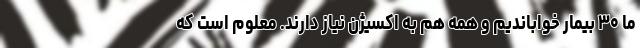
ما ۳۰ بیمار خواباندیم و همه هم به اکسیژن نیاز دارند. معلوم است که